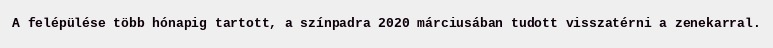
A felépülése több hónapig tartott, a színpadra 2020 márciusában tudott visszatérni a zenekarral.